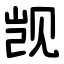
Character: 觊